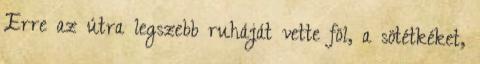
Erre az útra legszebb ruháját vette föl, a sötétkéket,